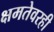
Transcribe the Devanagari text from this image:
क्षमतेवरही